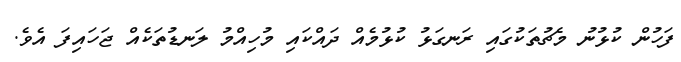
ފަހުން ކުޅުނު މެޗުތަކުގައި ރަނގަޅު ކުޅުމެއް ދައްކައި މުހިއްމު ލަނޑުތަކެއް ޖަހަައިފަ އެވެ.